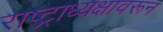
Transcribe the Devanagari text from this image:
राष्ट्राध्यक्षावरून